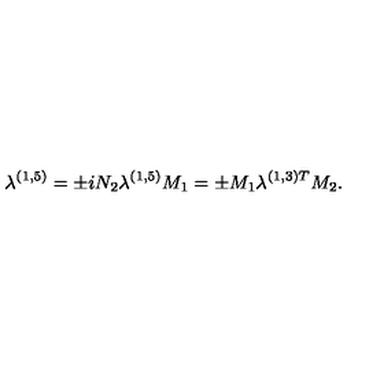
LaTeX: \lambda ^ { ( 1 , 5 ) } = \pm i N _ { 2 } \lambda ^ { ( 1 , 5 ) } M _ { 1 } = \pm M _ { 1 } \lambda ^ { ( 1 , 3 ) T } M _ { 2 } .